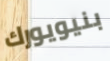
بنيويورك